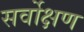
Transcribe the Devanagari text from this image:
सर्वोक्षण